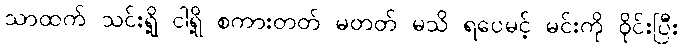
သာထက် သင်းရို့ ငါရို့ စကားတတ် မတတ် မသိ ရပေမင့် မင်းကို ဝိုင်းပြီး